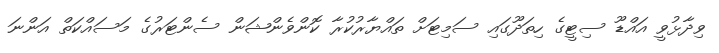
ވިދާޅުވީ އައްޑޫ ސިޓީގެ ހިތަދޫގައި ސަމިޓަށް ތައްޔާރުކުރާ ކޮންވެންޝަން ސެންޓަރުގެ މަސައްކަތް އަންނަ